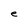
Character: e